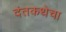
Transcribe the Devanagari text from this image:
दंतकथेचा